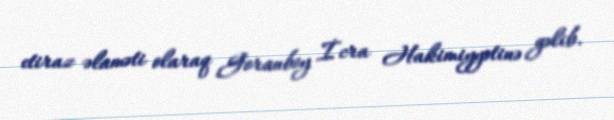
etiraz əlaməti olaraq Goranboy İcra Hakimiyyətinə gəlib.